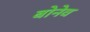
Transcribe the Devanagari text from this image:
बोनेव